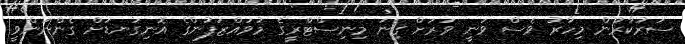
ސަރުކާރުން މިހާރު ވެސް ވަނީ ވަރަށް ގިނަ މިނިސްޓްރީގެ މުވައްޒަފުންގެ އޮނިގަނޑަށް ގެންނަންވީ